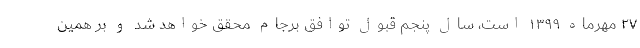
۲۷ مهرماه ۱۳۹۹ است، سال پنجم قبول توافق برجام محقق خواهد شد و بر همین